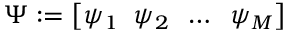
\Psi : = \big [ \psi _ { 1 } \; \; \psi _ { 2 } \; \; \dots \; \; \psi _ { M } \big ]